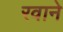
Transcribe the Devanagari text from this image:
रवाने